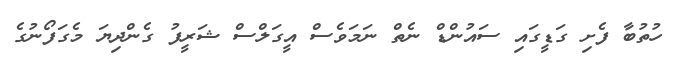
ހުތުބާ ފެށި ގަޑީގައި ސައުންޑް ނެތް ނަމަވެސް އީގަލްސް ޝަރީފު ގެންދިޔަ މެގަފޯނުގެ